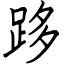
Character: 跢